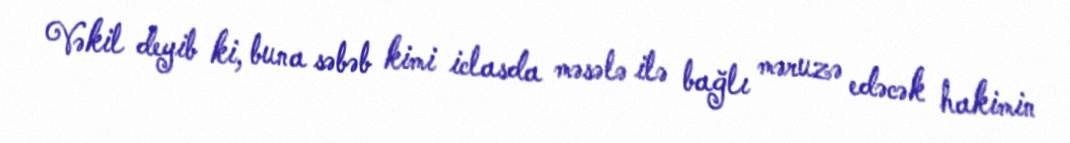
Vəkil deyib ki, buna səbəb kimi iclasda məsələ ilə bağlı məruzə edəcək hakimin